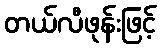
တယ်လီဖုန်းဖြင့်